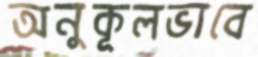
অনুকূলভাবে